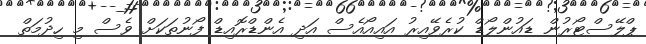
ޕްލޭސްޓޯރުން ޑައުންލޯޑް ކުރެވޭއިރު އައިއޯއެސް އަދި އެންޑްރޮއިޑް ފޯނުތަކަށް ވެސް މި ހިދުމަތް